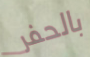
بالحفر